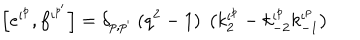
\left[ e ^ { \iota ^ { p } } , f ^ { \iota ^ { p ^ { \prime } } } \right] = \delta _ { p , { p ^ { \prime } } } ~ ( q ^ { 2 } - 1 ) ~ \left( k _ { 2 } ^ { \iota ^ { p } } - k _ { - 2 } ^ { \iota ^ { p } } k _ { - 1 } ^ { \iota ^ { p } } \right)